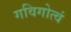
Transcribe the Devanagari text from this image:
गविगोत्वं